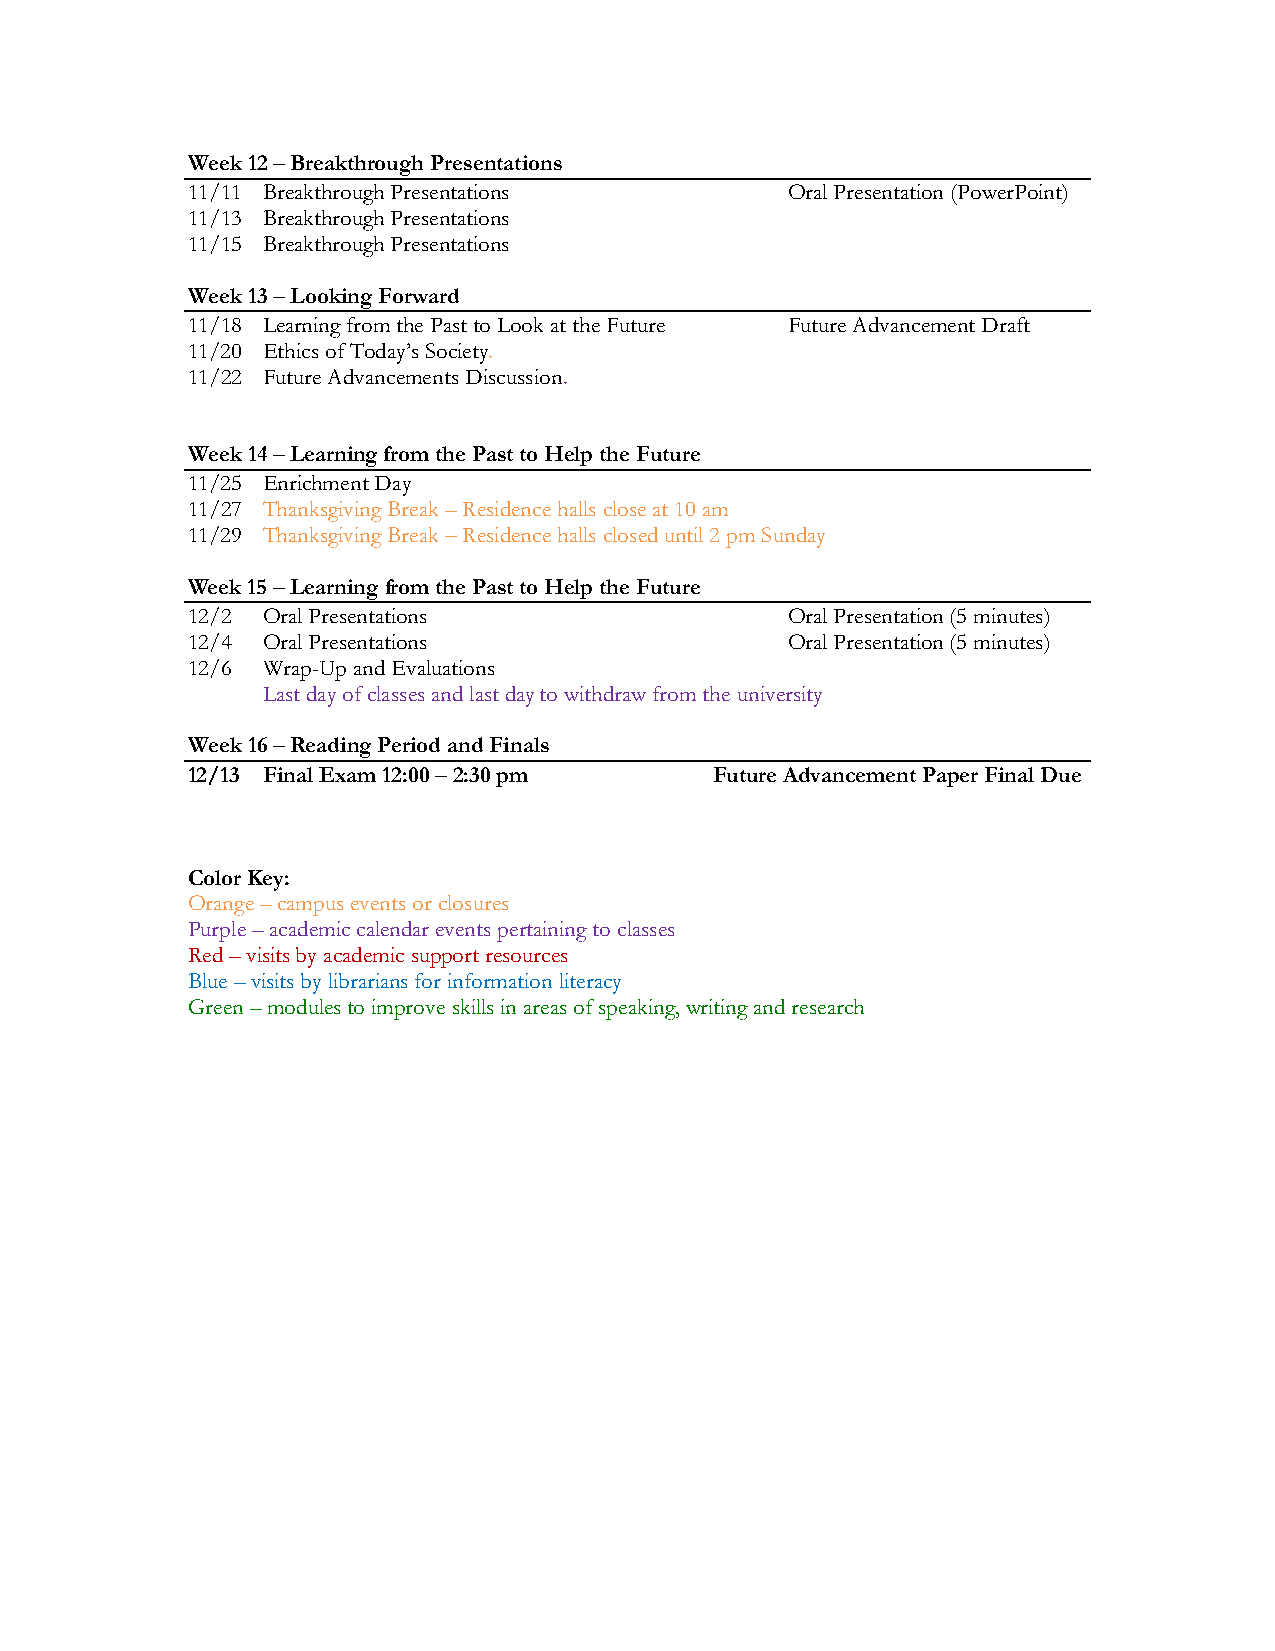
Week 12 – Breakthrough Presentations
 11/11 Breakthrough Presentations        Oral Presentation (PowerPoint)
 11/13 Breakthrough Presentations
 11/15 Breakthrough Presentations
 Week 13 – Looking Forward
 11/18 Learning from the Past to Look at the Future Future Advancement Draft
 11/20 Ethics of Today’s Society.
 11/22 Future Advancements Discussion.
 Week 14 – Learning from the Past to Help the Future
 11/25 Enrichment Day
 11/27 Thanksgiving Break – Residence halls close at 10 am
 11/29 Thanksgiving Break – Residence halls closed until 2 pm Sunday
 Week 15 – Learning from the Past to Help the Future
 12/2 Oral Presentations                 Oral Presentation (5 minutes)
 12/4 Oral Presentations                 Oral Presentation (5 minutes)
 12/6 Wrap-Up and Evaluations
 Last day of classes and last day to withdraw from the university
 Week 16 – Reading Period and Finals
 12/13 Final Exam 12:00 – 2:30 pm   Future Advancement Paper Final Due
 Color Key:
 Orange – campus events or closures
 Purple – academic calendar events pertaining to classes
 Red – visits by academic support resources
 Blue – visits by librarians for information literacy
 Green – modules to improve skills in areas of speaking, writing and research